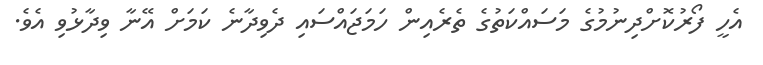
އެހީ ފޯރުކޮށްދިނުމުގެ މަސައްކަތުގެ ތެރެއިން ހަމަޖައްސައި ދެވިދާނެ ކަމަށް އޭނާ ވިދާޅުވި އެވެ.